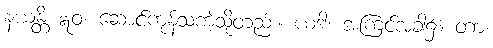
နယန္တိ ဣဝ၊ ဆောင်ကုန်သကဲ့သို့တည်း။ ယဒါ၊ အကြင်အခါ၌။ တာ၊